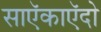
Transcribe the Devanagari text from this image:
साऍकाऍदो